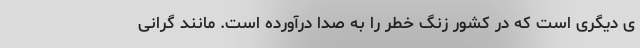
ی دیگری است که در کشور زنگ خطر را به صدا درآورده است. مانند گرانی